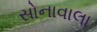
સોનાવાલા